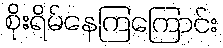
စိုးရိမ်နေကြကြောင်း